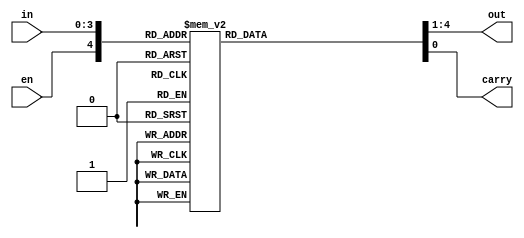
module bcd_incrementer
	(
		input wire [3:0] in,
		input wire en,
		output reg [3:0] out,
		output reg carry
	);

	// Body
	always @*
	begin
		out = 4'b0000;
		carry = 1'b0;
		case ({en, in[3:0]})
			5'b10000: out = 4'b0001;
			5'b10001: out = 4'b0010;
			5'b10010: out = 4'b0011;
			5'b10011: out = 4'b0100;
			5'b10100: out = 4'b0101;
			5'b10101: out = 4'b0110;
			5'b10110: out = 4'b0111;
			5'b10111: out = 4'b1000;
			5'b11000: out = 4'b1001;
			5'b11001: 
				begin
					out = 4'b0000; 
					carry = 1'b1;
				end
		endcase
	end

endmodule